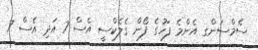
ސެމްސަންގ އެންމެ ފަހުގެ ފޯން ގެލެކްސީ އެެސް 7 އަދި އެސް 7